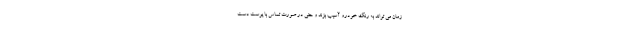
زمان می تواند به رنگ خودرو آسیب بزند و حتی در صورت تماس با پوست دست